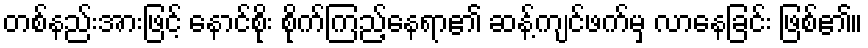
တစ်နည်းအားဖြင့် နောင်စိုး စိုက်ကြည့်နေရာ၏ ဆန့်ကျင်ဖက်မှ လာနေခြင်း ဖြစ်၏။